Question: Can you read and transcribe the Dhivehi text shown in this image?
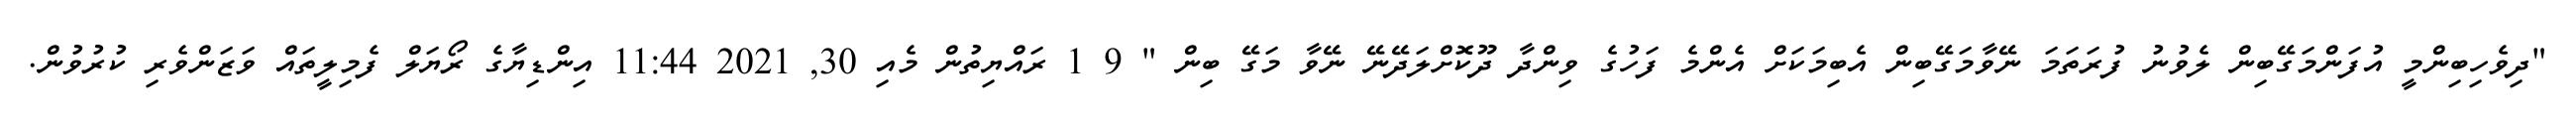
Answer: "ދިވެހިބިންމީ އުފަންމަގޭބިން ލެވުނު ފުރަތަމަ ނޭވާމަގޭބިން އެބިމަކަށް އެންމެ ފަހުގެ ވިންދާ ދޫކޮށްލަދޭނޭ ނޭވާ މަގޭ ބިން " 9 1 ރައްޔިތުން މެއި 30, 2021 11:44 އިންޑިޔާގެ ރޯޔަލް ފެމިލީތައް ވަޒަންވެރި ކުރުވުން.